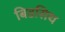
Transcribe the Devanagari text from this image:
बिडसिथ